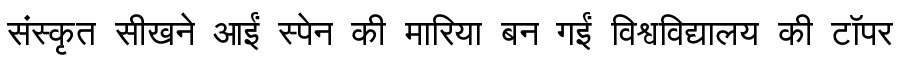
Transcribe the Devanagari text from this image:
संस्कृत सीखने आईं स्पेन की मारिया बन गईं विश्वविद्यालय की टॉपर